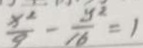
\frac { x ^ { 2 } } { 9 } - \frac { y ^ { 2 } } { 1 6 } = 1